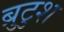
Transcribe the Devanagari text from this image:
ब्रुटुश